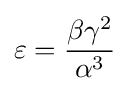
\varepsilon ={\frac {\beta \gamma ^{2}}{\alpha ^{3}}}